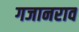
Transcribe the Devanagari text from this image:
गजानराव